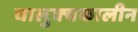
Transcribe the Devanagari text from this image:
चालुक्‍यकालीन